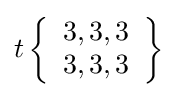
t\left\{{\begin{array}{l}3,3,3\\3,3,3\end{array}}\right\}